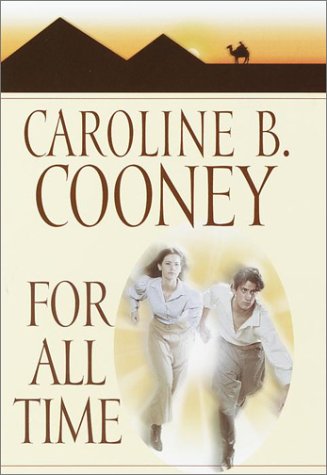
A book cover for For All Time; Caroline B. Cooney; Teen & Young Adult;